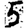
Digit: 5